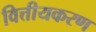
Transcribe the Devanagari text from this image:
वित्तीयकरण